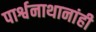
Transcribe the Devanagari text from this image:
पार्श्वनाथानांही